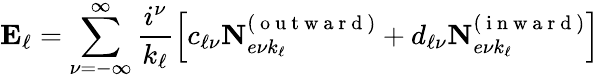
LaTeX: \mathbf{E}_{\ell}=\sum_{\nu=-\infty}^{\infty}\frac{i^{\nu}}{k_{\ell}}\left[c_{\ell\nu}\mathbf{N}_{e\nu k_{\ell}}^{(\mathrm{~o~u~t~w~a~r~d~})}+d_{\ell\nu}\mathbf{N}_{e\nu k_{\ell}}^{(\mathrm{~i~n~w~a~r~d~})}\right]